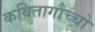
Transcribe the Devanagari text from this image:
कवितागौच्चो